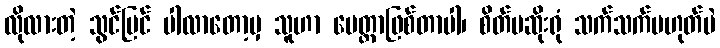
လိုလားတဲ့ သွင်ပြင် ပါလာတော့မှ သူဟာ မေတ္တာဖြစ်တာပါ၊ စိတ်မဆိုးရုံ သက်သက်မဟုတ်ပဲ